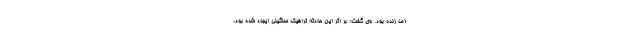
اما زنده بود. وی گفت: بر اثر این حادثه ترافیک سنگینی ایجاد شده بود،